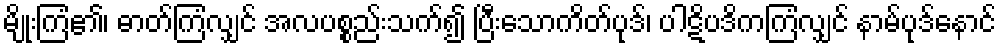
မျိုးကြံ၏၊ ဓာတ်ကြံလျှင် အလပစ္စည်းသက်၍ ပြီးသောကိတ်ပုဒ်၊ ပါဋိပဒိကကြံလျှင် နာမ်ပုဒ်နောင်